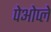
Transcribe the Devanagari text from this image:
पेओप्ले